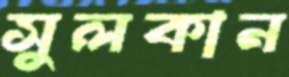
সুলকান